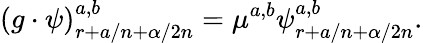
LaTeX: (g\cdot\psi)_{r+a/n+\alpha/2n}^{a,b}=\mu^{a,b}\psi_{r+a/n+\alpha/2n}^{a,b}.